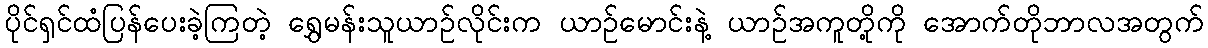
ပိုင်ရှင်ထံပြန်ပေးခဲ့ကြတဲ့ ရွှေမန်းသူယာဉ်လိုင်းက ယာဉ်မောင်းနဲ့ ယာဉ်အကူတို့ကို အောက်တိုဘာလအတွက်